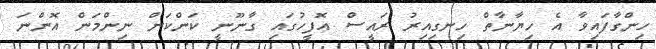
ހިންގާފައިވާ އެ ހިޔާނާތް ހިނގިއިރު ރައީސް އޮފީހުގައި ގާނޫނީ ކަންކަން ނިންމަން އޮންނަ